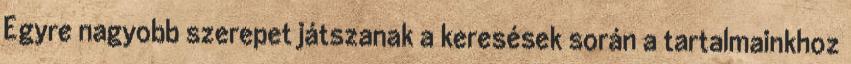
Egyre nagyobb szerepet játszanak a keresések során a tartalmainkhoz